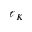
\ell _ { K }